Indian journal of veterinary science and animal husbandry - Volume 14,
Year: 1944
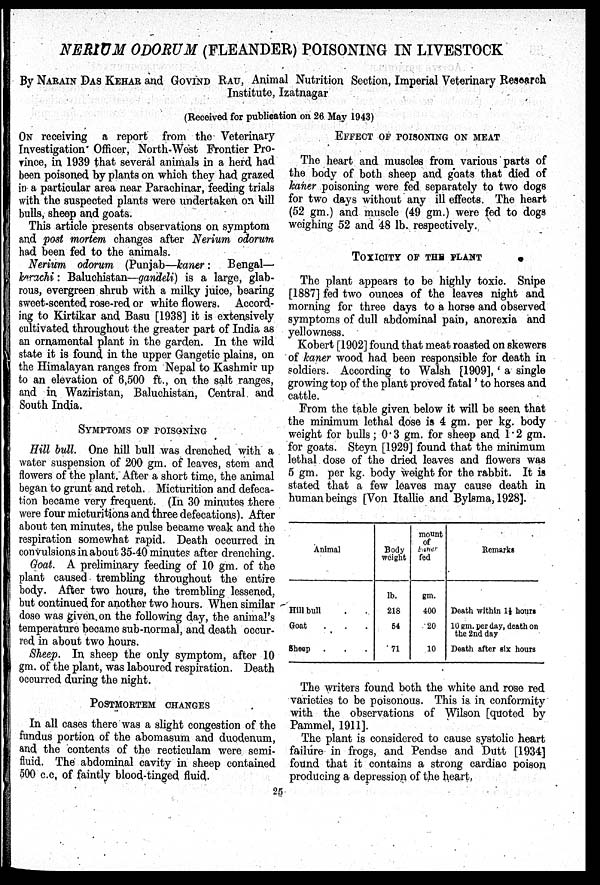
NERIUM ODORUM (FLEANDER) POISONING IN LIVESTOCK
By NARAIN DAS KEHAR and GOVIND RAU, Animal Nutrition Section, Imperial Veterinary Research
Institute, Izatnagar
(Received for publication on 26 May 1943)
ON receiving a report from the Veterinary
Investigation Officer, North-West Frontier Pro-
vince, in 1939 that several animals in a herd had
been poisoned by plants on which they had grazed
in a particular area near Parachinar, feeding trials
with the suspected plants were undertaken on hill
bulls, sheep and goats.
This article presents observations on symptom
and post mortem changes after Nerium odorum
had been fed to the animals.
Nerium odorum (Punjab—kaner:
Bengal—
karachi: Baluchistan—gandeli) is a large, glab-
rous, evergreen shrub with a milky juice, bearing
sweet-scented rose-red or white flowers. Accord-
ing to Kirtikar and Basu [1938] it is extensively
cultivated throughout the greater part of India as
an ornamental plant in the garden. In the wild
state it is found in the upper Gangetic plains, on
the Himalayan ranges from Nepal to Kashmir up
to an elevation of 6,500 ft., on the salt ranges,
and in Waziristan, Baluchistan, Central and
South India.
SYMPTOMS OF POISONING
Hill bull. One hill bull was drenched with a
water suspension of 200 gm. of leaves, stem and
flowers of the plant. After a short time, the animal
began to grunt and retch. Micturition and defeca-
tion became very frequent. (In 30 minutes there
were four micturitions and three defecations). After
about ten minutes, the pulse became weak and the
respiration somewhat rapid. Death occurred in
convulsions in about 35-40 minutes after drenching.
Goat. A preliminary feeding of 10 gm. of the
plant caused trembling throughout the entire
body. After two hours, the trembling lessened,
but continued for another two hours. When similar
dose was given on the following day, the animal's
temperature became sub-normal, and death occur-
red in about two hours.
Sheep. In sheep the only symptom, after 10
gm. of the plant, was laboured respiration. Death
occurred during the night.
POSTMORTEM CHANGES
In all cases there was a slight congestion of the
fundus portion of the abomasum and duodenum,
and the contents of the recticulam were semi-
fluid. The abdominal cavity in sheep contained
500 c.c. of faintly blood-tinged fluid.
EFFECT OF POISONING ON MEAT
The heart and muscles from various parts of
the body of both sheep and goats that died of
kaner poisoning were fed separately to two dogs
for two days without any ill effects. The heart
(52 gm.) and muscle (49 gm.) were fed to dogs
weighing 52 and 48 lb. respectively.
TOXICITY OF THE PLANT
The plant appears to be highly toxic. Snipe
[1887] fed two ounces of the leaves night and
morning for three days to a horse and observed
symptoms of dull abdominal pain, anorexia and
yellowness.
Kobert [1902] found that meat roasted on skewers
of kaner wood had been responsible for death in
soldiers. According to Walsh [1909],' a single
growing top of the plant proved fatal' to horses and
cattle.
From the table given below it will be seen that
the minimum lethal dose is 4 gm. per kg. body
weight for bulls; 0.3 gm. for sheep and 1.2 gm.
for goats. Steyn [1929] found that the minimum
lethal dose of the dried leaves and flowers was
5 gm. per kg. body weight for the rabbit. It is
stated that a few leaves may cause death in
human beings [Von Itallie and Bylsma, 1928].
Animal
Hill bull
Goat
Sheep
Body
weight
lb.
218
54
71
mount
of
kaner
fed
gm.
400
20
10
Remarks
Death within 1½ hours
10 gm. per day, death on
the 2nd day
Death after six hours
The writers found both the white and rose red
varieties to be poisonous. This is in conformity
with the observations of Wilson [quoted by
Pammel, 1911].
The plant is considered to cause systolic heart
failure in frogs, and Pendse and Dutt [1934]
found that it contains a strong cardiac poison
producing a depression of the heart.
25